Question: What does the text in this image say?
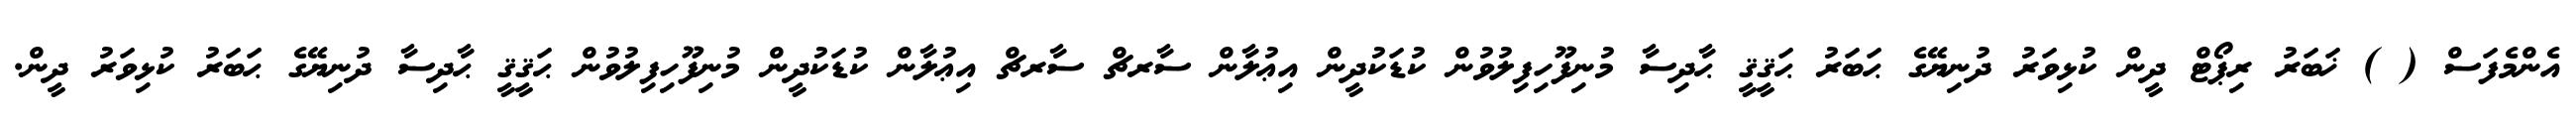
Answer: އެންމެފަސް ( ) ޚަބަރު ރިޕޯޓް ދީން ކުޅިވަރު ދުނިޔޭގެ ޙަބަރު ޙަޤީޤީ ޙާދިސާ މުނިފޫހިފިލުވުން ކުޑަކުދީން އިޢުލާން ސާރޗް ސާރޗް އިޢުލާން ކުޑަކުދީން މުނިފޫހިފިލުވުން ޙަޤީޤީ ޙާދިސާ ދުނިޔޭގެ ޙަބަރު ކުޅިވަރު ދީން.